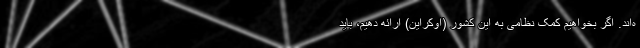
ه‌اند. اگر بخواهیم کمک نظامی به این کشور (اوکراین) ارائه دهیم، باید